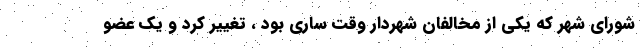
شورای شهر که یکی از مخالفان شهردار وقت ساری بود ، تغییر کرد و یک عضو